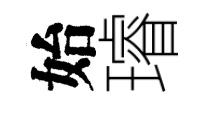
始璿